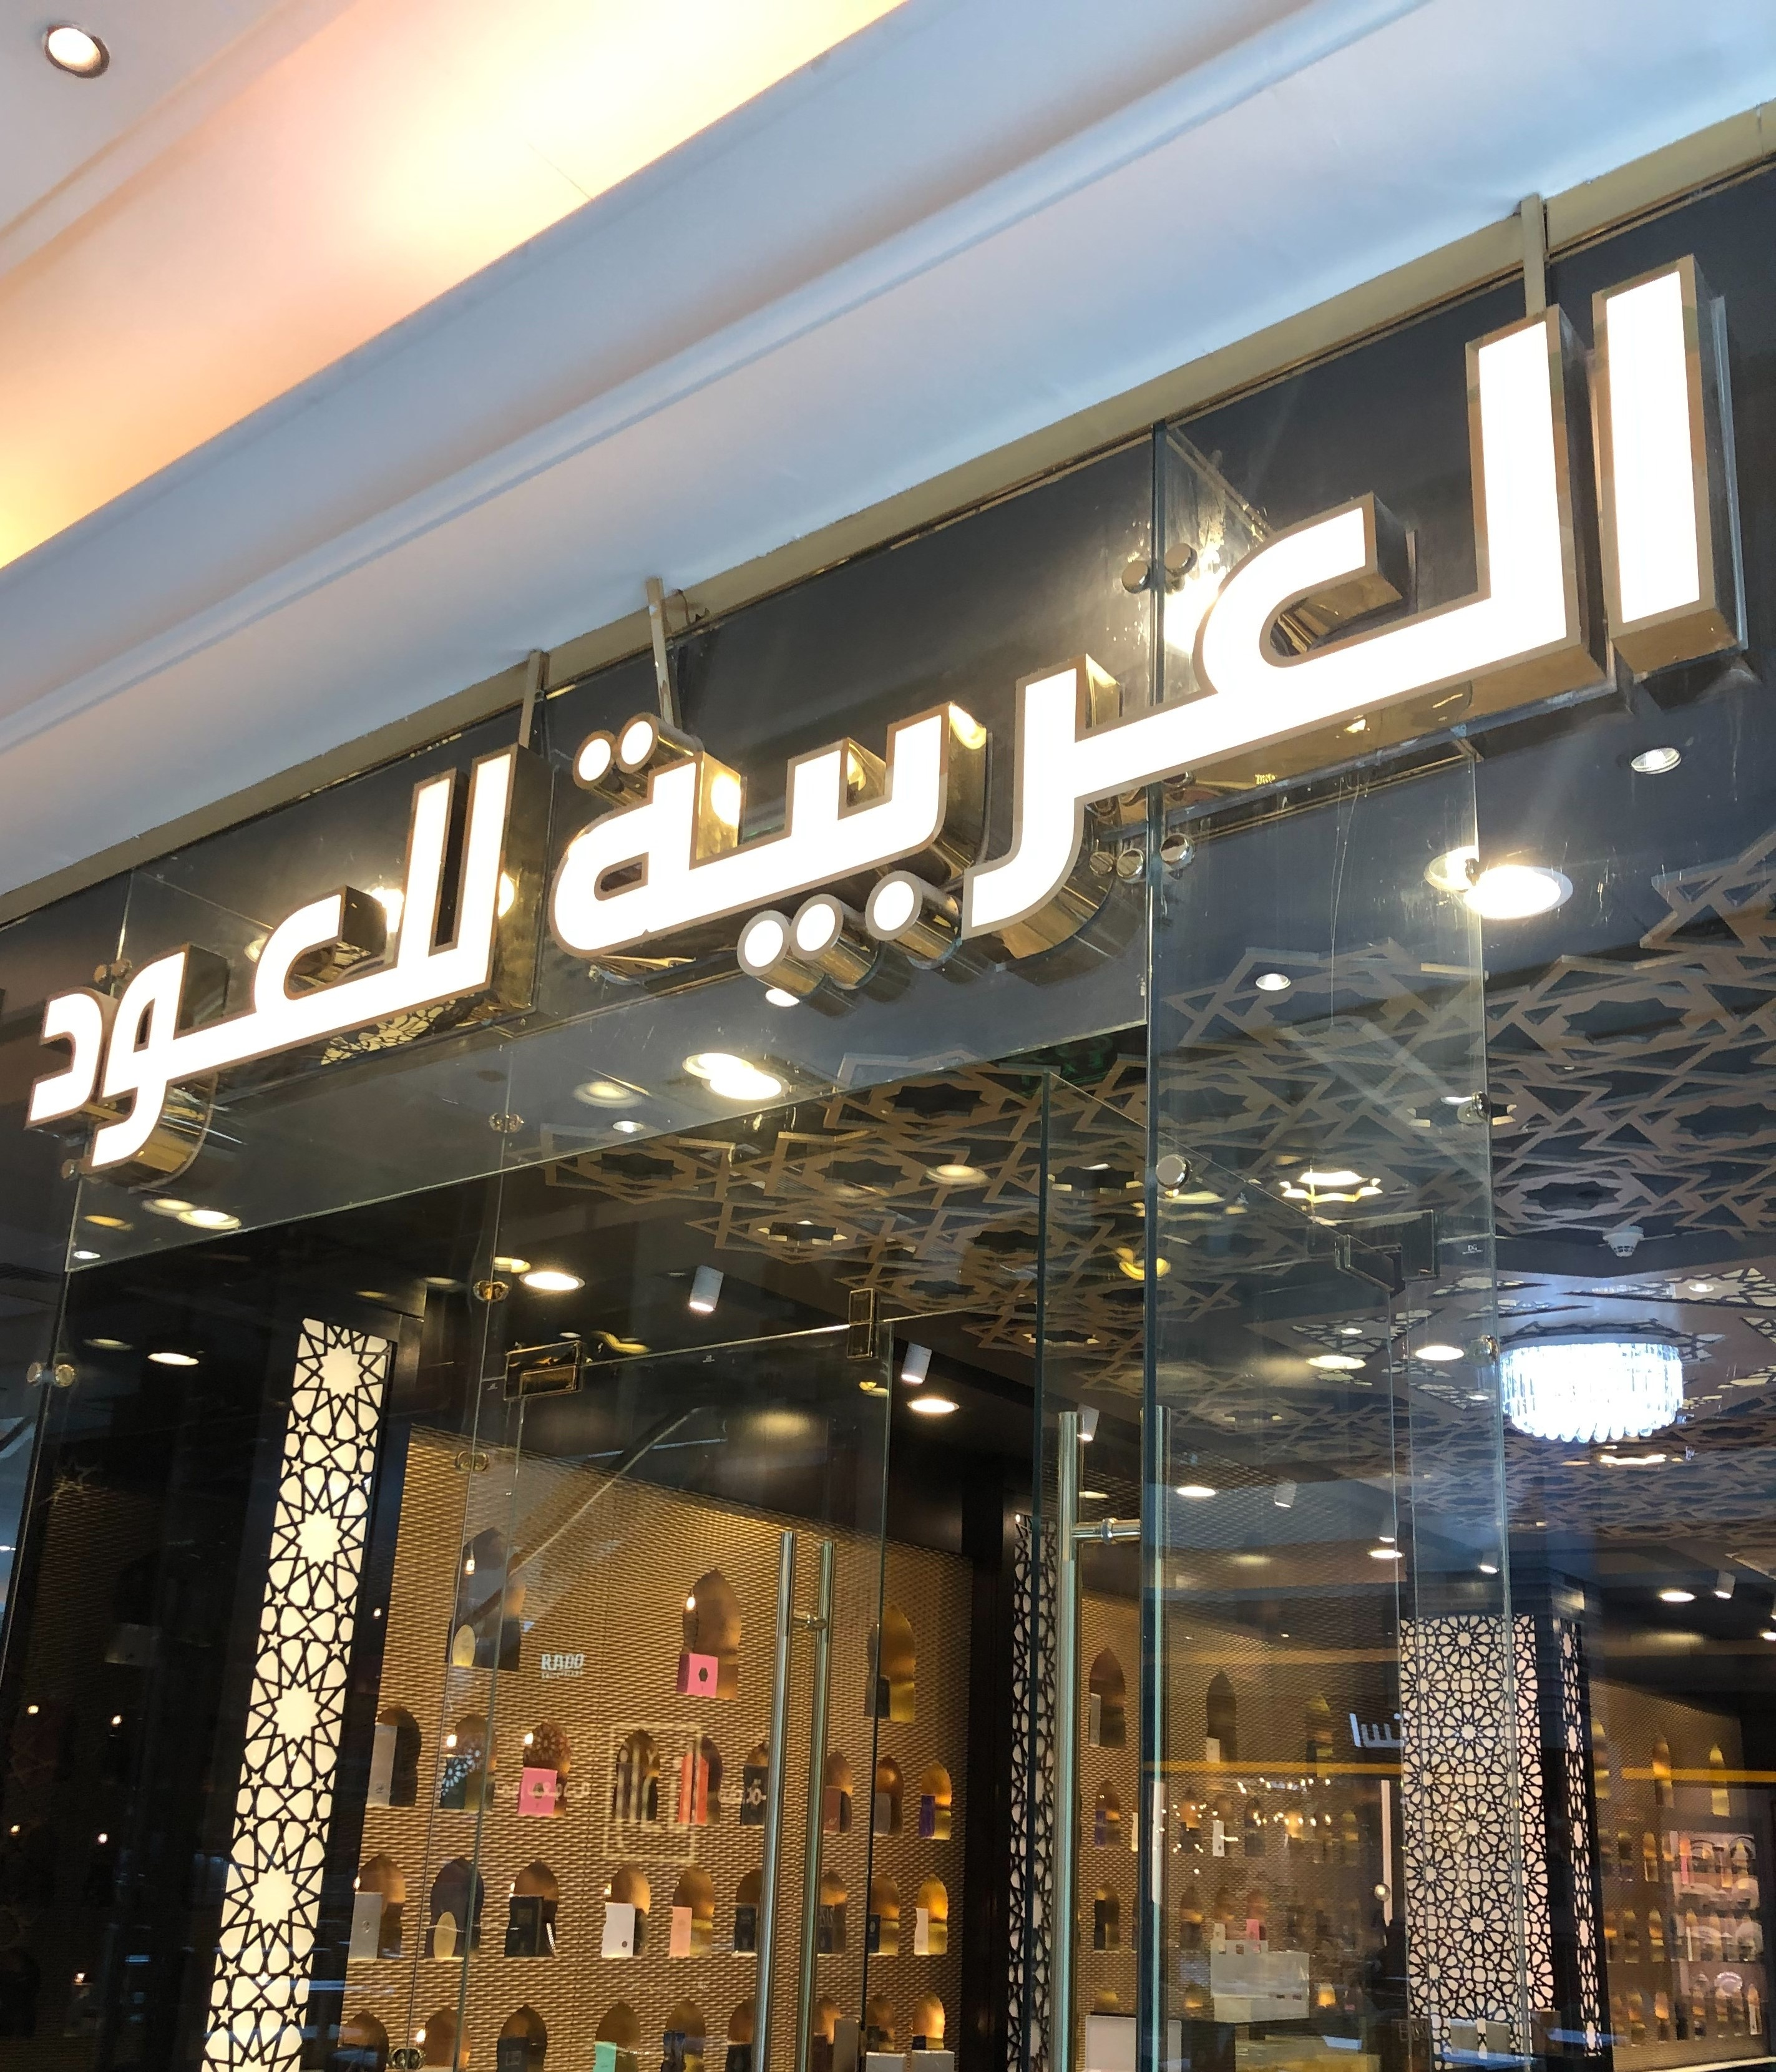
Text in image: العربية للعود